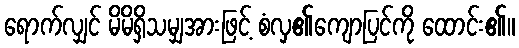
ရောက်လျှင် မိမိရှိသမျှအားဖြင့် စံလှ၏ကျောပြင်ကို ထောင်း၏။